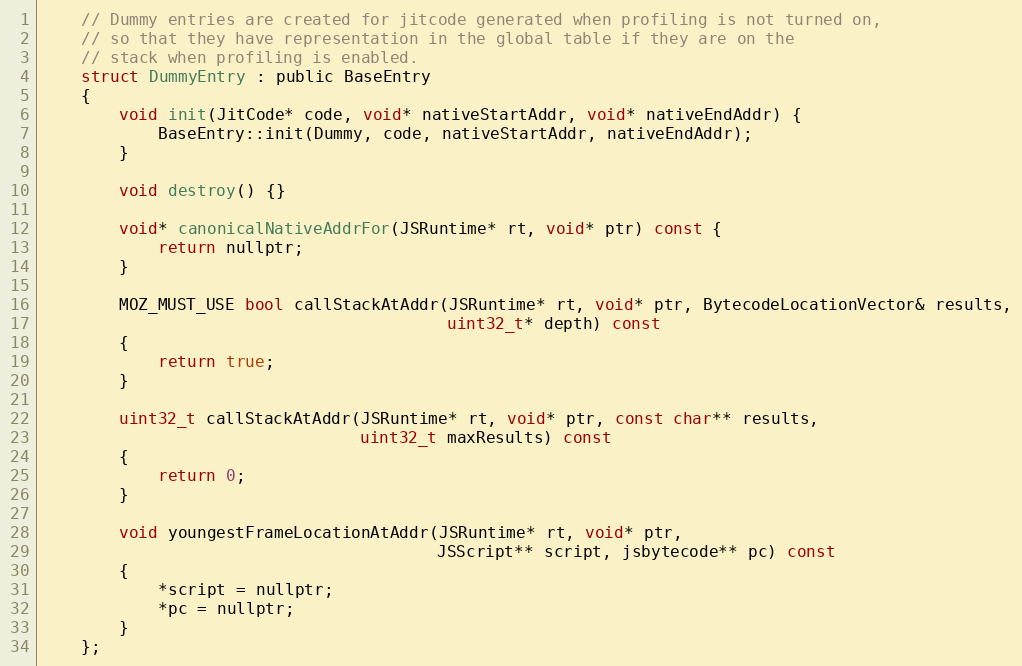
Language: C
    // Dummy entries are created for jitcode generated when profiling is not turned on,
    // so that they have representation in the global table if they are on the
    // stack when profiling is enabled.
    struct DummyEntry : public BaseEntry
    {
        void init(JitCode* code, void* nativeStartAddr, void* nativeEndAddr) {
            BaseEntry::init(Dummy, code, nativeStartAddr, nativeEndAddr);
        }

        void destroy() {}

        void* canonicalNativeAddrFor(JSRuntime* rt, void* ptr) const {
            return nullptr;
        }

        MOZ_MUST_USE bool callStackAtAddr(JSRuntime* rt, void* ptr, BytecodeLocationVector& results,
                                          uint32_t* depth) const
        {
            return true;
        }

        uint32_t callStackAtAddr(JSRuntime* rt, void* ptr, const char** results,
                                 uint32_t maxResults) const
        {
            return 0;
        }

        void youngestFrameLocationAtAddr(JSRuntime* rt, void* ptr,
                                         JSScript** script, jsbytecode** pc) const
        {
            *script = nullptr;
            *pc = nullptr;
        }
    };